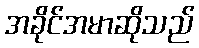
အခိုင်အမာဆိုသည်